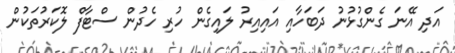
އަދި އޭނަ ގެންގުޅުނު ދަބަހާއި އައިއިރު ލައިގެން ހުރި ހެދުން ސްޓާފް ލޮކަރުތަކުން